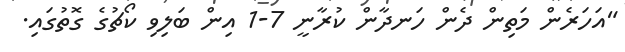
"އަހަރެން މަތިން ދެން ހަނދާން ކުރާނީ 7-1 އިން ބަލިވި ކޯޗުގެ ގޮތުގައި.